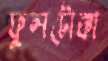
ফুলটোক্কা